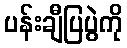
ပန်းချီပြပွဲကို